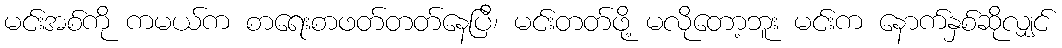
မင်းအစ်ကို ကမယ်က စာရေးစာဖတ်တတ်နေပြီ၊ မင်းတတ်ဖို့ မလိုတော့ဘူး မင်းက နောက်နှစ်ဆိုလျှင်